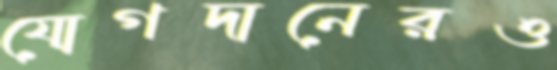
যোগদানেরও